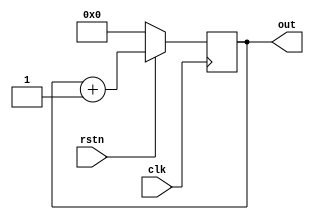
/*
 This is a simple counter to help profiling
 */
module counter (
    input clk,
    input rstn,
    output reg [19:0] out
);
    always @(posedge clk) begin
        if (!rstn) begin
            out <= 0;
        end
        else begin
            out <= out + 1;
        end
    end

endmodule